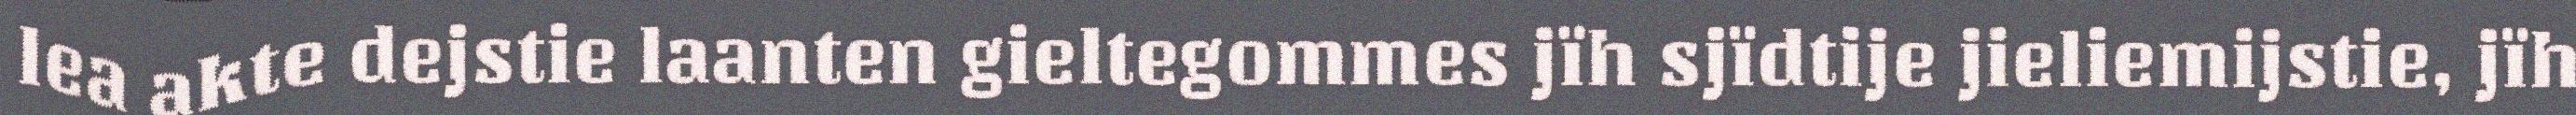
lea akte dejstie laanten gieltegommes jïh sjïdtije jieliemijstie, jïh